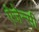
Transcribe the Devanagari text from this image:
ऐजेन्‍सी